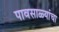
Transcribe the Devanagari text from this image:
पावसाळ्यांचा